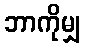
ဘာကိုမျှ